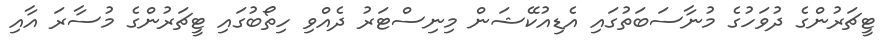
ޓީޗަރުންގެ ދުވަހުގެ މުނާސަބަތުގައި އެޑިއުކޭޝަން މިނިސްޓަރު ދެއްވި ހިތޯބުގައި ޓީޗަރުންގެ މުސާރަ އާއި